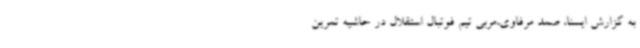
به گزارش ایسنا، صمد مرفاوی،مربی تیم فوتبال استقلال در حاشیه تمرین